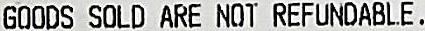
GOODS SOLD ARE NOT REFUNDABLE.